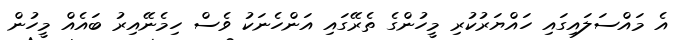
އެ މައްސަލައިގައި ހައްޔަރުކުރި މީހުންގެ ތެރޭގައި އަންހެނަކު ވެސް ހިމެނޭއިރު ބައެއް މީހުން